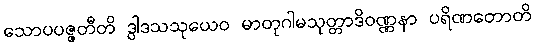
သောပပဇ္ဇတီတိ ဒွါဒသသုယေဝ မာတုဂါမသုတ္တာဒိဝဏ္ဏနာ ပရိဏတောတိ